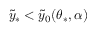
\tilde { y } _ { \ast } < \tilde { y } _ { 0 } ( \theta _ { \ast } , \alpha )